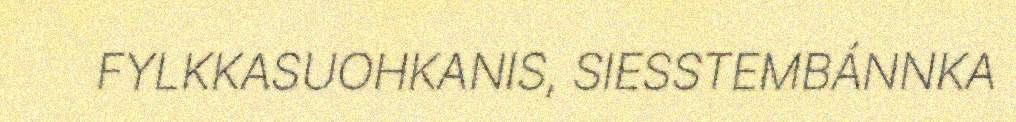
FYLKKASUOHKANIS, SIESSTEMBÁNNKA